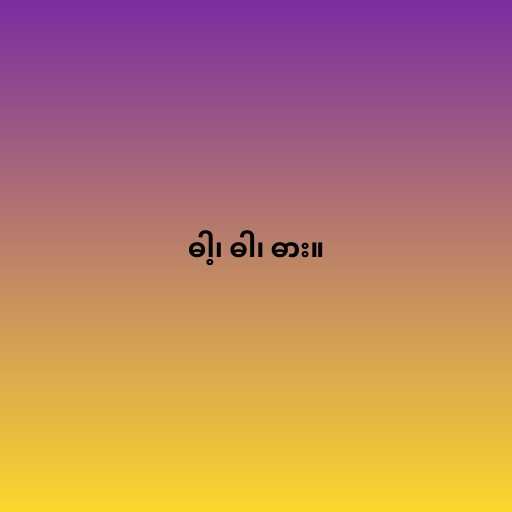
ဓါ့၊ ဓါ၊ ဓား။